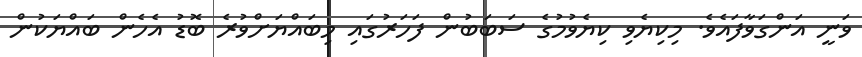
ވަނީ އަންގަވާފައެވެ. މިކިޔެވި ކިޔެވުމުގެ ސަބަބުން ފަހަރުގައި މިބައްޔަށްވުރެ ބޮޑު އެހެން ބައްޔަކުން